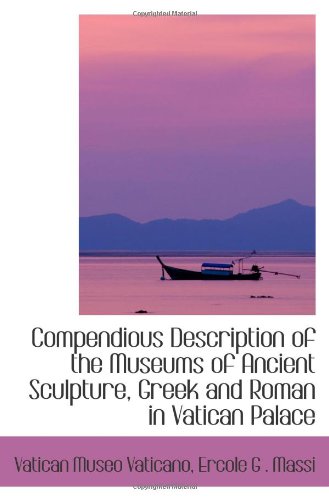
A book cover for Compendious Description of the Museums of Ancient Sculpture, Greek and Roman in Vatican Palace; Ercole G . Massi, Vatican Museo Vaticano; Travel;